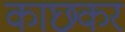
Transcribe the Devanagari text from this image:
काछकर